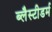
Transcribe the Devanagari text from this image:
ब्लैस्टीडर्म